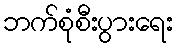
ဘက်စုံစီးပွားရေး